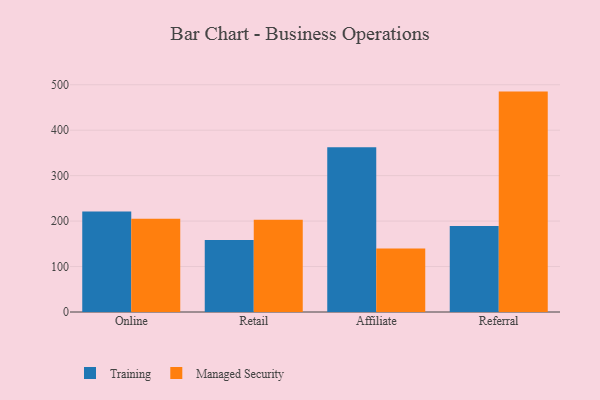
{"axis": {"x": "Channel", "y": "Operating Costs (USD K)"}, "legend": ["Managed Security", "Training"], "data": [{"x": "Online", "y": 221.2, "type": "Training"}, {"x": "Online", "y": 205.1, "type": "Managed Security"}, {"x": "Retail", "y": 158.4, "type": "Training"}, {"x": "Retail", "y": 203.0, "type": "Managed Security"}, {"x": "Affiliate", "y": 362.5, "type": "Training"}, {"x": "Affiliate", "y": 139.5, "type": "Managed Security"}, {"x": "Referral", "y": 189.0, "type": "Training"}, {"x": "Referral", "y": 484.9, "type": "Managed Security"}]}